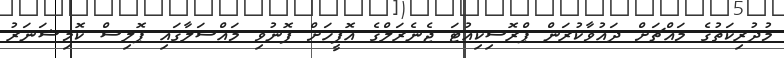
މުދުރިކަތުގެ މައްޗަށް ދައުވާކުރަން ޕްރޮސިކިއުޓަ ޖެނެރަލްގެ އޮފީހަށް ފޮނުވި މައްސަލާގައި ޕޮލިސް ކޮމިޝަނަރު